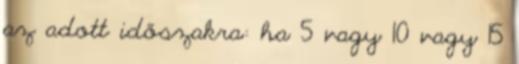
az adott időszakra: ha 5 vagy 10 vagy 15